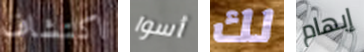
اكتشاف أسوا لك إبهام